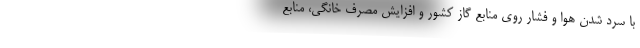
با سرد شدن هوا و فشار روی منابع گاز کشور و افزایش مصرف خانگی، منابع